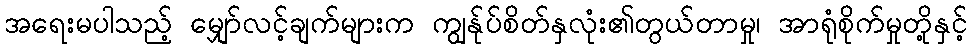
အရေးမပါသည့် မျှော်လင့်ချက်များက ကျွန်ုပ်စိတ်နှလုံး၏တွယ်တာမှု၊ အာရုံစိုက်မှုတို့နှင့်